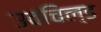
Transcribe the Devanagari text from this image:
उवंचिल्ड